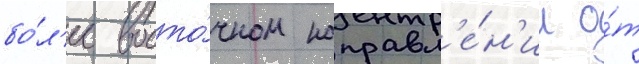
бо́л'ее восто́чном направл'е́н'ии о́т